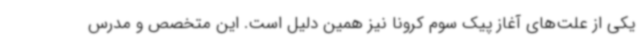
یکی از علت‌های آغاز پیک سوم کرونا نیز همین دلیل است. این متخصص و مدرس